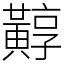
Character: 䵍